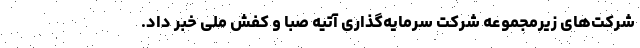
شرکت‌های زیرمجموعه شرکت سرمایه‌گذاری آتیه صبا و کفش ملی خبر داد.